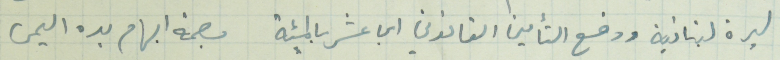
ليرة لبنانية ودفع التأمين القانوني اي عشر بالمئة بصمة ابهام يده اليمنى